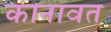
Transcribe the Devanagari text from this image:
कानावत